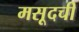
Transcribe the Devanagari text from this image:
मसूदची